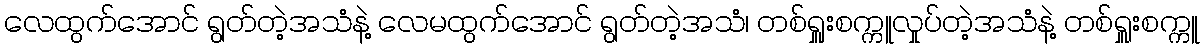
လေထွက်အောင် ရွတ်တဲ့အသံနဲ့ လေမထွက်အောင် ရွတ်တဲ့အသံ၊ တစ်ရှူးစက္ကူလှုပ်တဲ့အသံနဲ့ တစ်ရှူးစက္ကူ